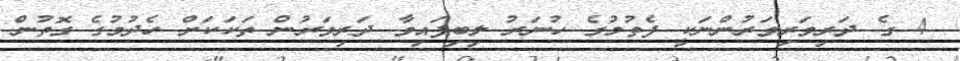
4 ގެ ދަރިވަރިވަރުންނަކީ ފެތުމުގެ ހުނަރު ލިބިފައިވާ ދަރިވަރުން ތަކަކަށް ހެދުމުގެ ގޮތުން